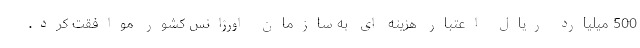
500 میلیارد ریال اعتبار هزینه ای به سازمان اورژانس کشور موافقت کرد.